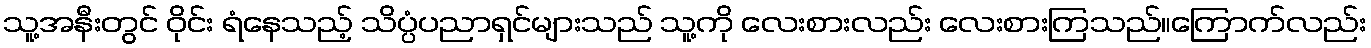
သူ့အနီးတွင် ဝိုင်း ရံနေသည့် သိပ္ပံပညာရှင်များသည် သူ့ကို လေးစားလည်း လေးစားကြသည်။ကြောက်လည်း